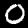
Digit: 0